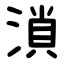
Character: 溑